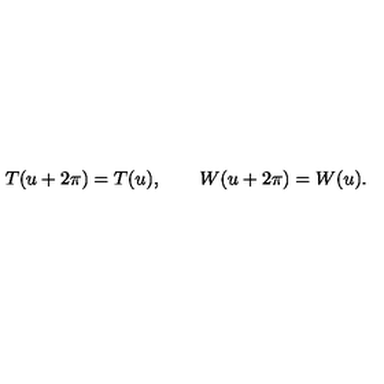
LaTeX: T ( u + 2 \pi ) = T ( u ) , \qquad W ( u + 2 \pi ) = W ( u ) .